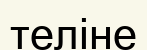
теліне